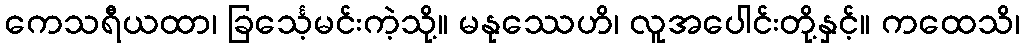
ကေသရီယထာ၊ ခြင်္သေ့မင်းကဲ့သို့။ မနုဿေဟိ၊ လူအပေါင်းတို့နှင့်။ ကထေသိ၊